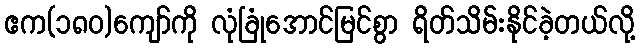
ဧက(၁၈၀)ကျော်ကို လုံခြုံအောင်မြင်စွာ ရိတ်သိမ်းနိုင်ခဲ့တယ်လို့